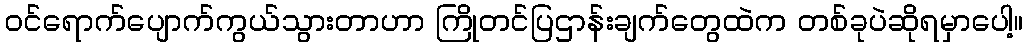
ဝင်ရောက်ပျောက်ကွယ်သွားတာဟာ ကြိုတင်ပြဌာန်းချက်တွေထဲက တစ်ခုပဲဆိုရမှာပေါ့။